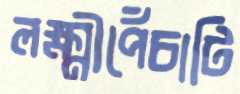
লক্ষ্মীপেঁচাটি